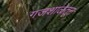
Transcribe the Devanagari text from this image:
गजशाळेतून